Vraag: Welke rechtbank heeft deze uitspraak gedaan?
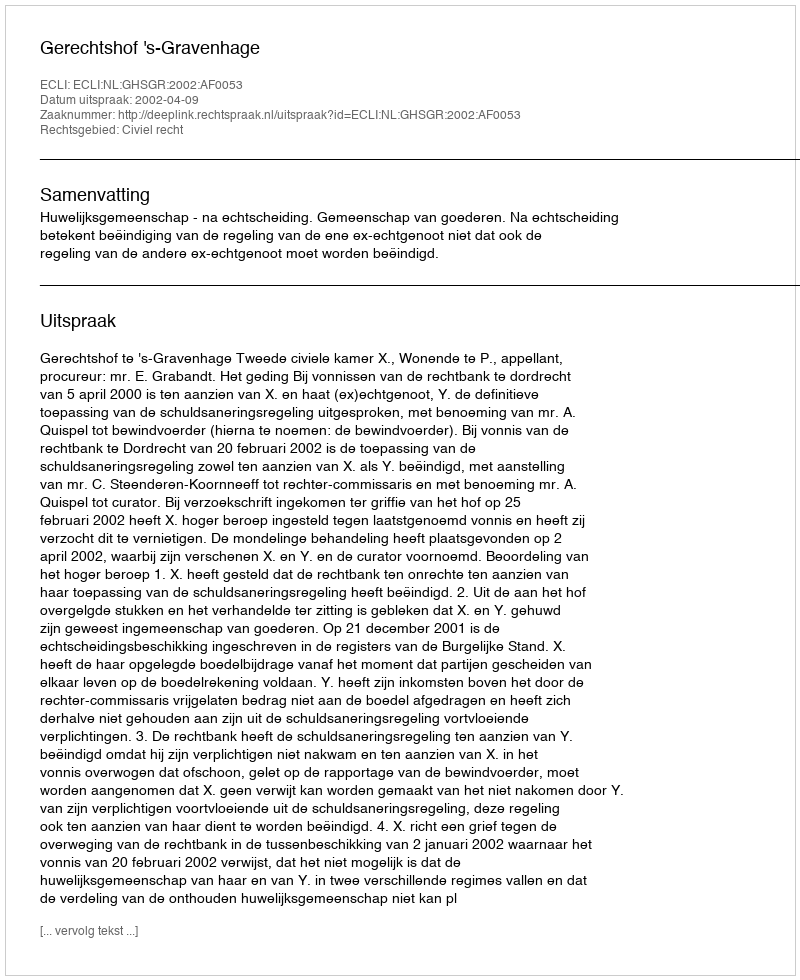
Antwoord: Gerechtshof 's-Gravenhage